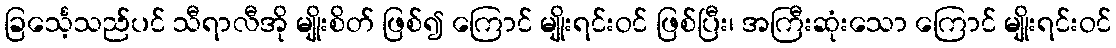
ခြင်္သေ့သည်ပင် သီရာလီအို မျိုးစိတ် ဖြစ်၍ ကြောင် မျိုးရင်းဝင် ဖြစ်ပြီး၊ အကြီးဆုံးသော ကြောင် မျိုးရင်းဝင်